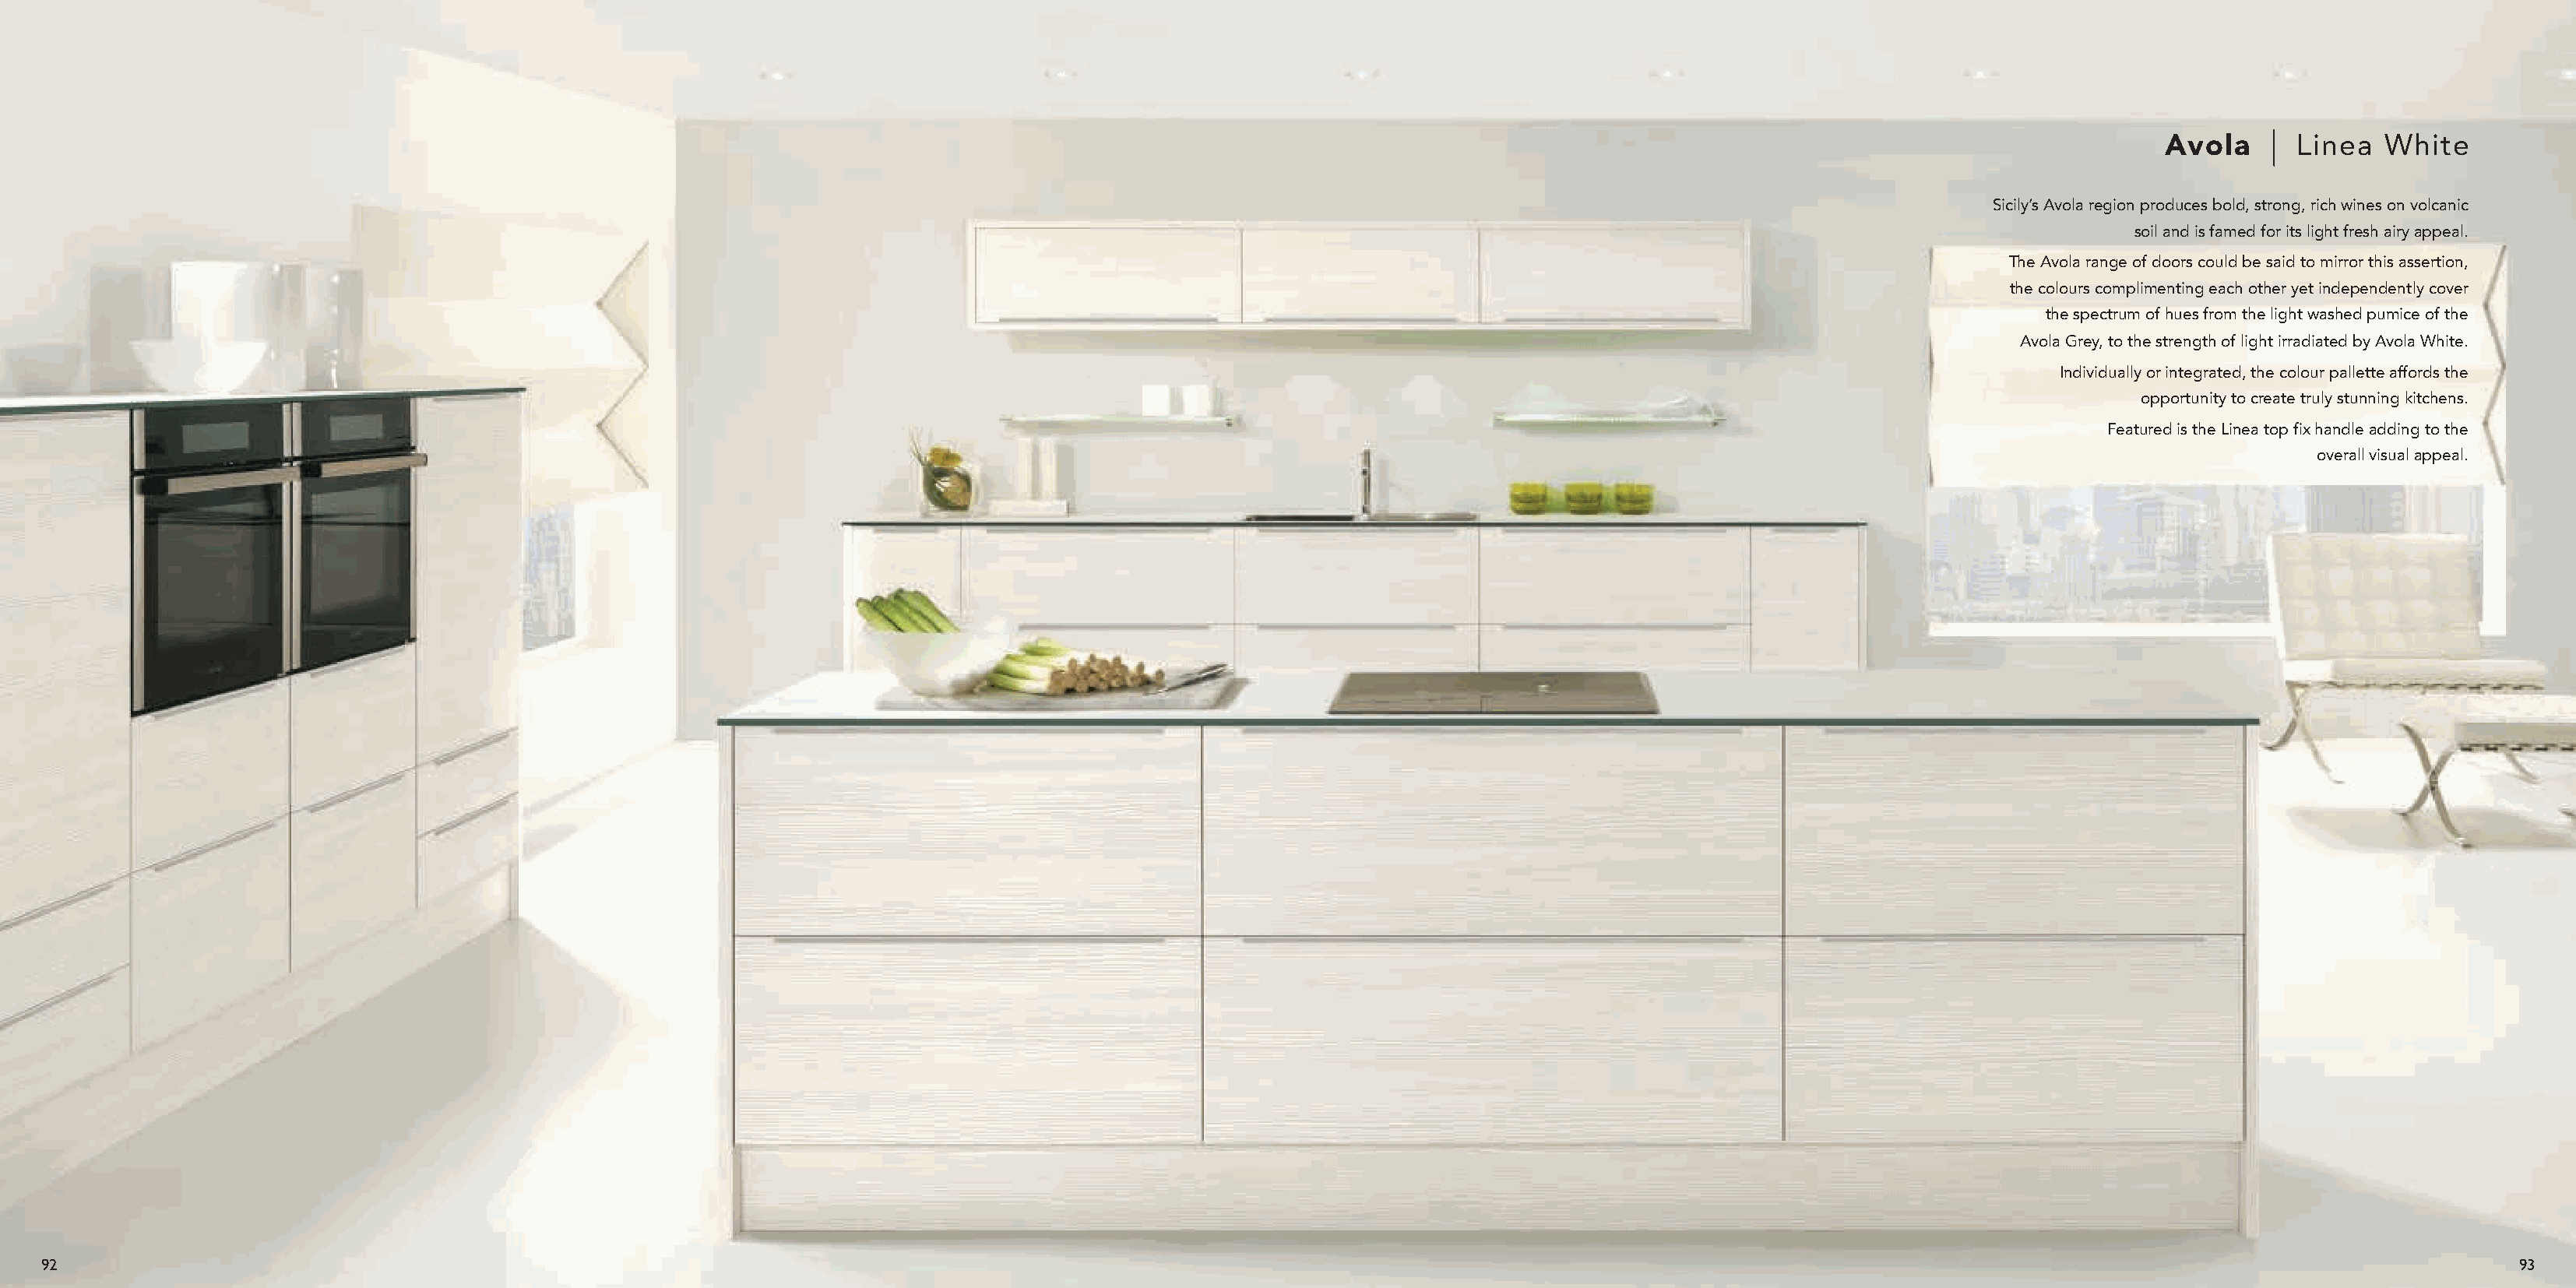
Avola      Linea   White
 Sicily’s Avola region produces bold, strong, rich wines on volcanic
 soil and is famed for its light fresh airy appeal.
 The Avola range of doors could be said to mirror this assertion,
 the colours complimenting each other yet independently cover
 the spectrum of hues from the light washed pumice of the
 Avola Grey, to the strength of light irradiated by Avola White.
 Individually or integrated, the colour pallette affords the
 opportunity to create truly stunning kitchens.
 Featured is the Linea top fix handle adding to the
 overall visual appeal.
 92                                                                                                                                                                                                                93